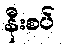
နီးစပ်